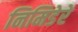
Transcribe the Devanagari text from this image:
निमिडेरे